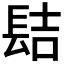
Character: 𨱻